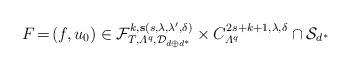
LaTeX: \begin{align*} F \! = \! (f,u_0) \in \mathcal{F}^{k,\mathbf{s} (s,\lambda,\lambda',\delta)} _{T, \varLambda^q, {\mathcal D}_{d\oplus d^*}} \times C^{2s+k+1,\lambda,\delta}_{\varLambda^q} \cap \mathcal{S}_{ d^\ast}\end{align*}